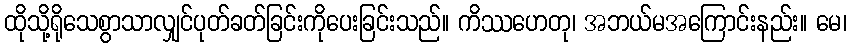
ထိုသို့ရိုသေစွာသာလျှင်ပုတ်ခတ်ခြင်းကိုပေးခြင်းသည်။ ကိဿဟေတု၊ အဘယ်မအကြောင်းနည်း။ မေ၊